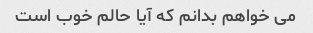
می خواهم بدانم که آیا حالم خوب است